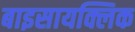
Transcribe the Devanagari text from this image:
बाइसायक्लिक